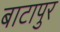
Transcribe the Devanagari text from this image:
बाटापुर